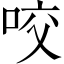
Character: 咬